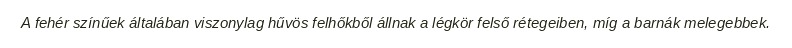
A fehér színűek általában viszonylag hűvös felhőkből állnak a légkör felső rétegeiben, míg a barnák melegebbek.